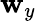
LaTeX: \mathbf{w}_{y}